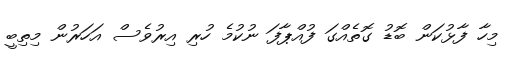
މިހާ ފާޅުކަން ބޮޑު ގޮތެއްގަ ފުއްޕާފަ ނުކުމެ ހުރި އިރުވެސް އަހަރުން މިތިބީ